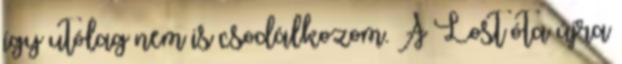
így utólag nem is csodálkozom. A Lost óta újra